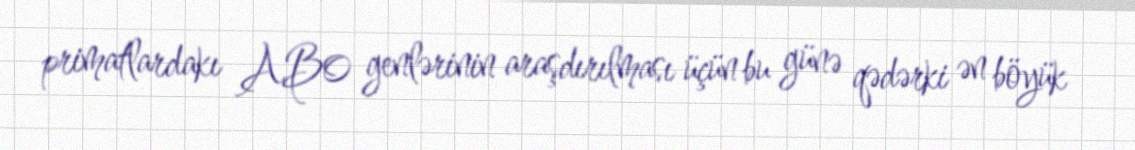
primatlardakı AB0 genlərinin araşdırılması üçün bu günə qədərki ən böyük